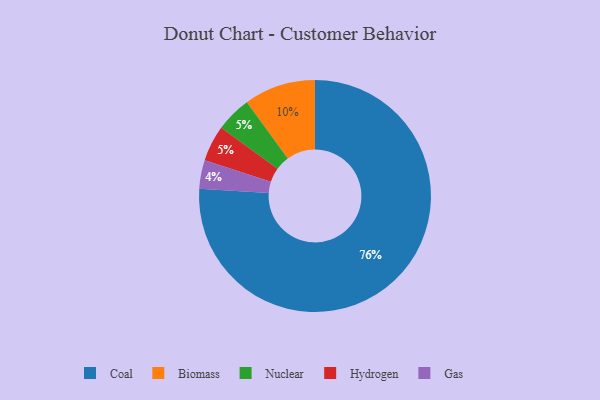
{"axis": {"x": "Category", "y": "Percentage"}, "legend": ["Biomass", "Coal", "Gas", "Hydrogen", "Nuclear"], "data": [{"x": "Gas", "y": 4, "type": "Gas"}, {"x": "Nuclear", "y": 5, "type": "Nuclear"}, {"x": "Coal", "y": 76, "type": "Coal"}, {"x": "Hydrogen", "y": 5, "type": "Hydrogen"}, {"x": "Biomass", "y": 10, "type": "Biomass"}]}